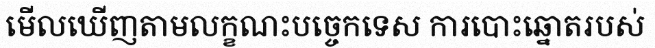
មើលឃើញតាមលក្ខណះបច្ចេកទេស ការបោះឆ្នោតរបស់